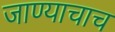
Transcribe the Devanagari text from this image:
जाण्याचाच